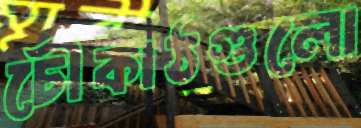
চৌকাঠগুলো